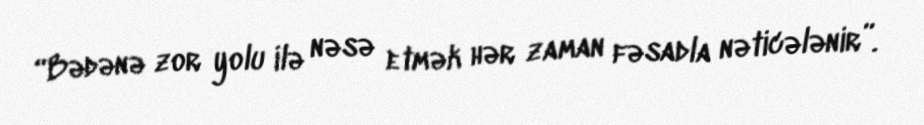
“Bədənə zor yolu ilə nəsə etmək hər zaman fəsadla nəticələnir”.